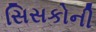
સિસકોની